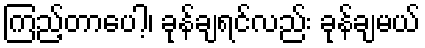
ကြည့်တာပေါ့၊ ခုန်ချရင်လည်း ခုန်ချမယ်